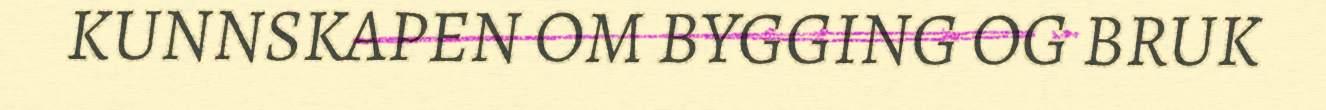
KUNNSKAPEN OM BYGGING OG BRUK